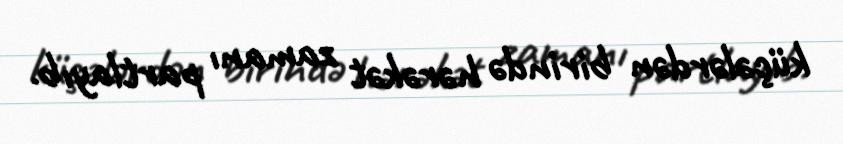
küçələrdən birində hərəkət zamanı partlayıb.